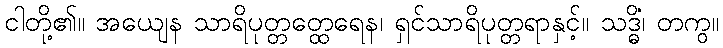
ငါတို့၏။ အယျေန သာရိပုတ္တတ္ထေရေန၊ ရှင်သာရိပုတ္တရာနှင့်။ သဒ္ဓိံ၊ တကွ။